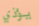
يؤذي